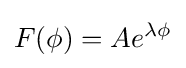
F(\phi )=Ae^{\lambda \phi }